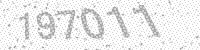
Solution: 197011